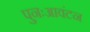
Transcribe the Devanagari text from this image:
पुनःआवंटन